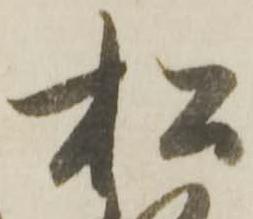
松